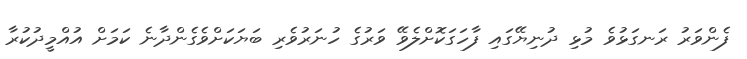
ފެންވަރު ރަނގަޅުވެ މުޅި ދުނިޔޭގައި ފާހަގަކޮށްލެވޭ ވަރުގެ ހުނަރުވެރި ބަޔަކަށްވެގެންދާނެ ކަމަށް އުއްމީދުކުރާ